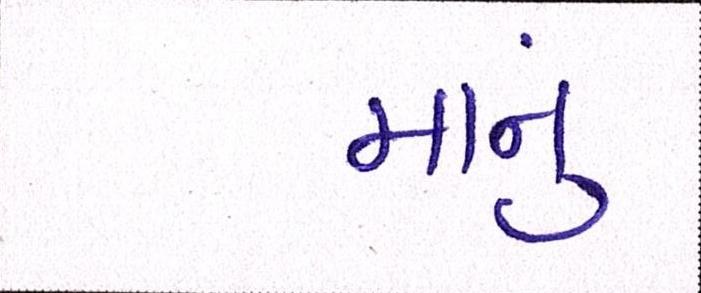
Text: માનું